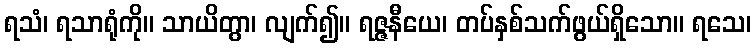
ရသံ၊ ရသာရုံကို။ သာယိတွာ၊ လျက်၍။ ရဇ္ဇနီယေ၊ တပ်နှစ်သက်ဖွယ်ရှိသော။ ရသေ၊